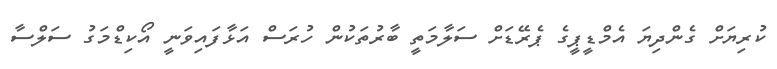
ކުރިޔަށް ގެންދިޔަ އެމްޑީޕީގެ ޕެރޭޑަށް ސަލާމަތީ ބާރުތަކުން ހުރަސް އަޅާފައިވަނީ އޯކިޑްމަގު ސަލްސާ